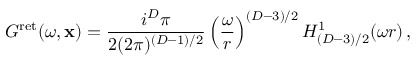
G ^ { \mathrm { r e t } } ( \omega , { \bf x } ) = \frac { i ^ { D } \pi } { 2 ( 2 \pi ) ^ { ( D - 1 ) / 2 } } \left( \frac { \omega } { r } \right) ^ { ( D - 3 ) / 2 } H _ { ( D - 3 ) / 2 } ^ { 1 } ( \omega r ) \, ,